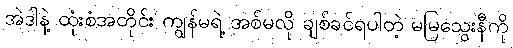
အဲဒါနဲ့ ထုံးစံအတိုင်း ကျွန်မရဲ့ အစ်မလို ချစ်ခင်ရပါတဲ့ မမြသွေးနီကို